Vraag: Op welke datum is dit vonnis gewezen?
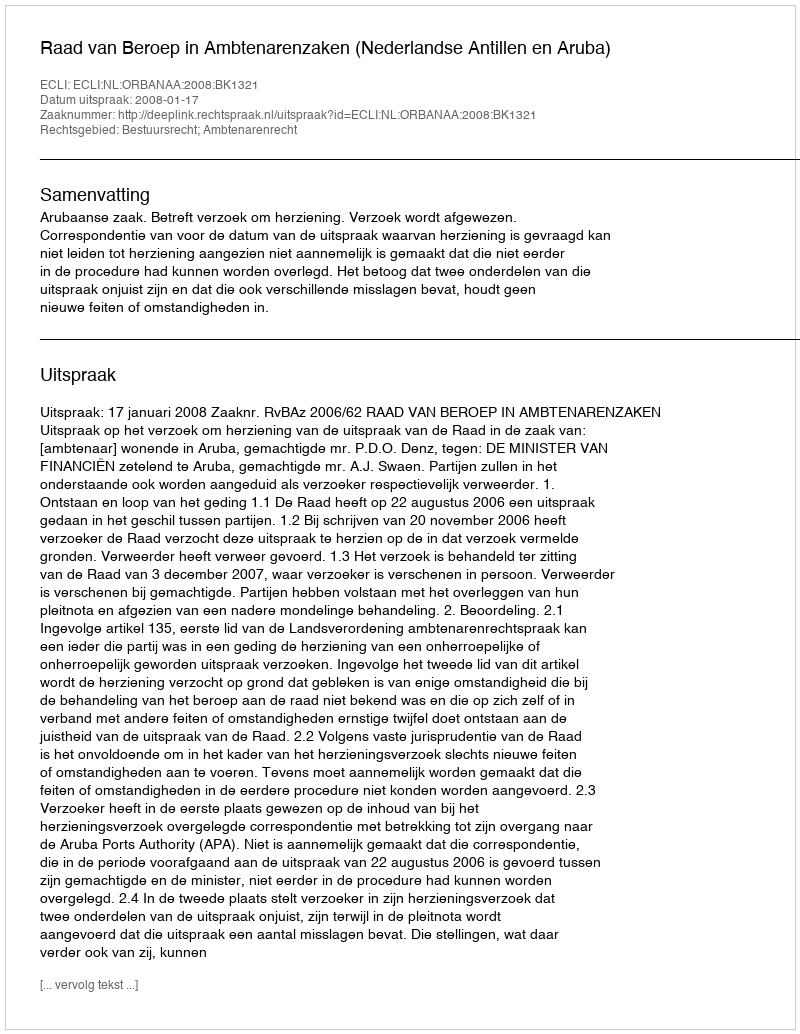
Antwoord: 2008-01-17